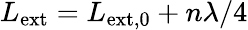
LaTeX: L_{\mathrm{ext}}=L_{\mathrm{ext,0}}+n\lambda/4